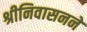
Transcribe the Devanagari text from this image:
श्रीनिवासनने